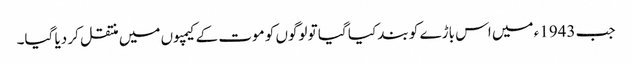
جب 1943ء میں اس باڑے کو بند کیا گیا تو لوگوں کو موت کے کیمپوں میں منتقل کر دیا گیا۔